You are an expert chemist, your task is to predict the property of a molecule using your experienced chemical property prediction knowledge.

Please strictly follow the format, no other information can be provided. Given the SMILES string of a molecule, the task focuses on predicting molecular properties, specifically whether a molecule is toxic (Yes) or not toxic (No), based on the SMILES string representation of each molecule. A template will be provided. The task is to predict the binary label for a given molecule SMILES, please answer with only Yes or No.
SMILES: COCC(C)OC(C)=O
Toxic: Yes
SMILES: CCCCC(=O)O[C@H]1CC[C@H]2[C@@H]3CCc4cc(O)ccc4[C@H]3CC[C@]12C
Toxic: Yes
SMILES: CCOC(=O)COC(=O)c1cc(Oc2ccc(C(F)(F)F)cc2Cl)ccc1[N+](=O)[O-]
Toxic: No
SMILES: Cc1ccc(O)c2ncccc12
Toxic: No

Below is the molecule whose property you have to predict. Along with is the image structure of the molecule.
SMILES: Clc1ccccc1C(c1ccccc1)(c1ccccc1)n1ccnc1
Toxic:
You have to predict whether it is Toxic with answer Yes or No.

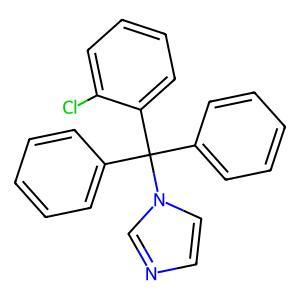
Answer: No